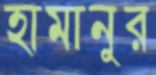
হামানুর